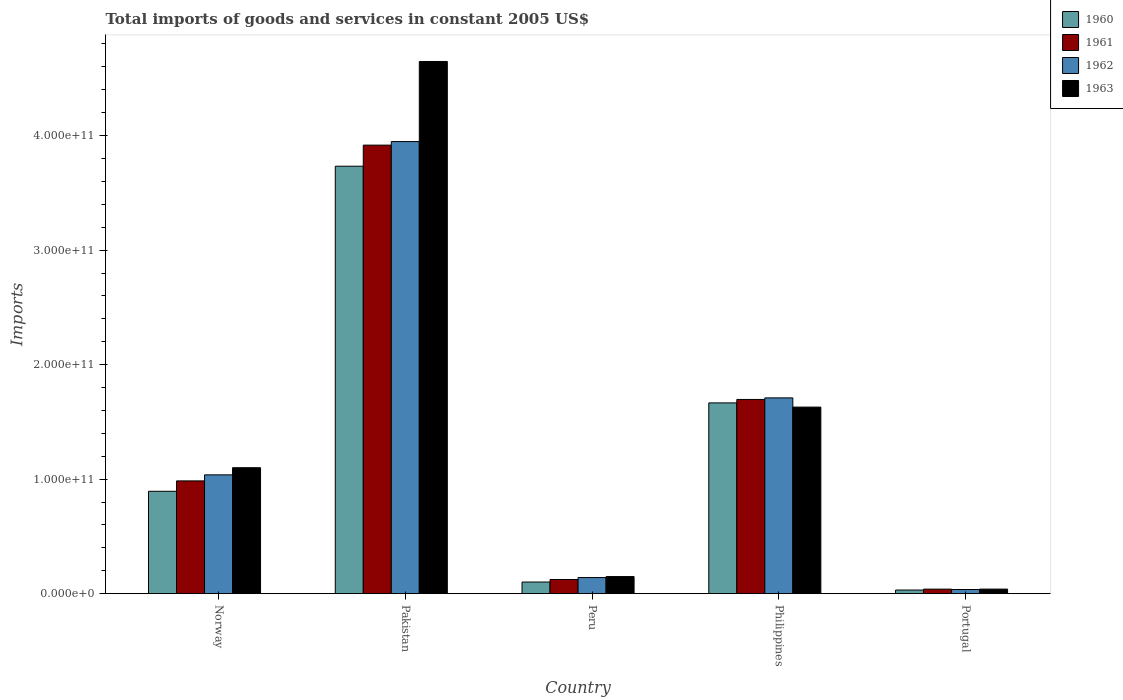
| Country | 1960 | 1961 | 1962 | 1963 |
 | --- | --- | --- | --- | --- |
 | Norway | 8.94e+10 | 9.85e+10 | 1.04e+11 | 1.1e+11 |
 | Pakistan | 3.73e+11 | 3.92e+11 | 3.95e+11 | 4.65e+11 |
 | Peru | 1.01e+10 | 1.24e+10 | 1.41e+10 | 1.49e+10 |
 | Philippines | 1.67e+11 | 1.7e+11 | 1.71e+11 | 1.63e+11 |
 | Portugal | 3.17e+09 | 3.96e+09 | 3.62e+09 | 3.98e+09 |